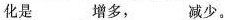
化是___增多，___减少。